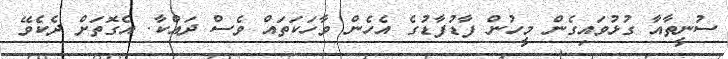
ސުނީތާއާ ގުޅުވައިގެން މީހުން ފާޑުފާޑުގެ އެހެން ވާހަކަތައް ވެސް ދައްކާ. އެގޮތަށް ދެކެވޭ